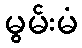
မွမ်းမံ